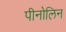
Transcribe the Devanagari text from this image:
पीनोलिन